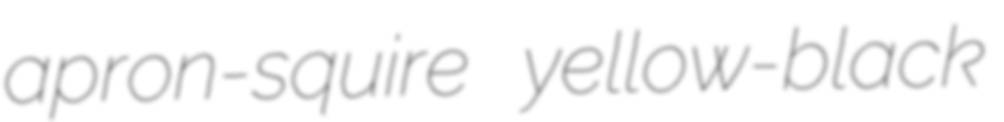
apron-squire yellow-black